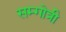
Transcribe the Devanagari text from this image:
सम्गोत्री